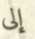
إلى